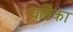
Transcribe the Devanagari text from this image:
चंष्टिका